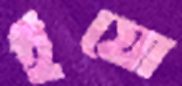
ইয়ো